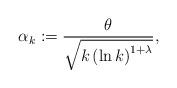
LaTeX: \begin{align*}\alpha_k:=\frac{\theta}{\sqrt{k\left(\ln k\right)^{1+\lambda}}},\end{align*}